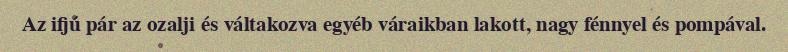
Az ifjú pár az ozalji és váltakozva egyéb váraikban lakott, nagy fénnyel és pompával.